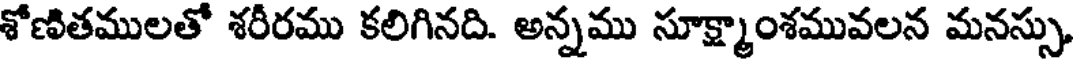
శోణితములతో శరీరము కలిగినది. అన్నము సూక్ష్మాంశమువలన మనస్సు,